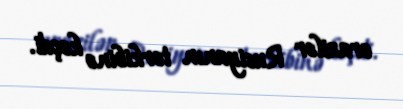
ərazilər Rusiyanın tərkibinə keçdi.